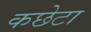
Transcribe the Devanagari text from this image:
कछेटा